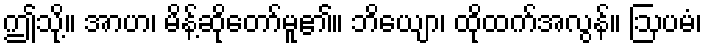
ဤသို့။ အာဟ၊ မိန့်ဆိုတော်မူ၏။ ဘိယျော၊ ထိုထက်အလွန်။ ဩပမံ၊